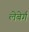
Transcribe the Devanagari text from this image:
लेबेर्ग